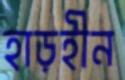
হাড়হীন